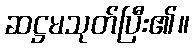
ဆဋ္ဌမသုတ်ပြီး၏။